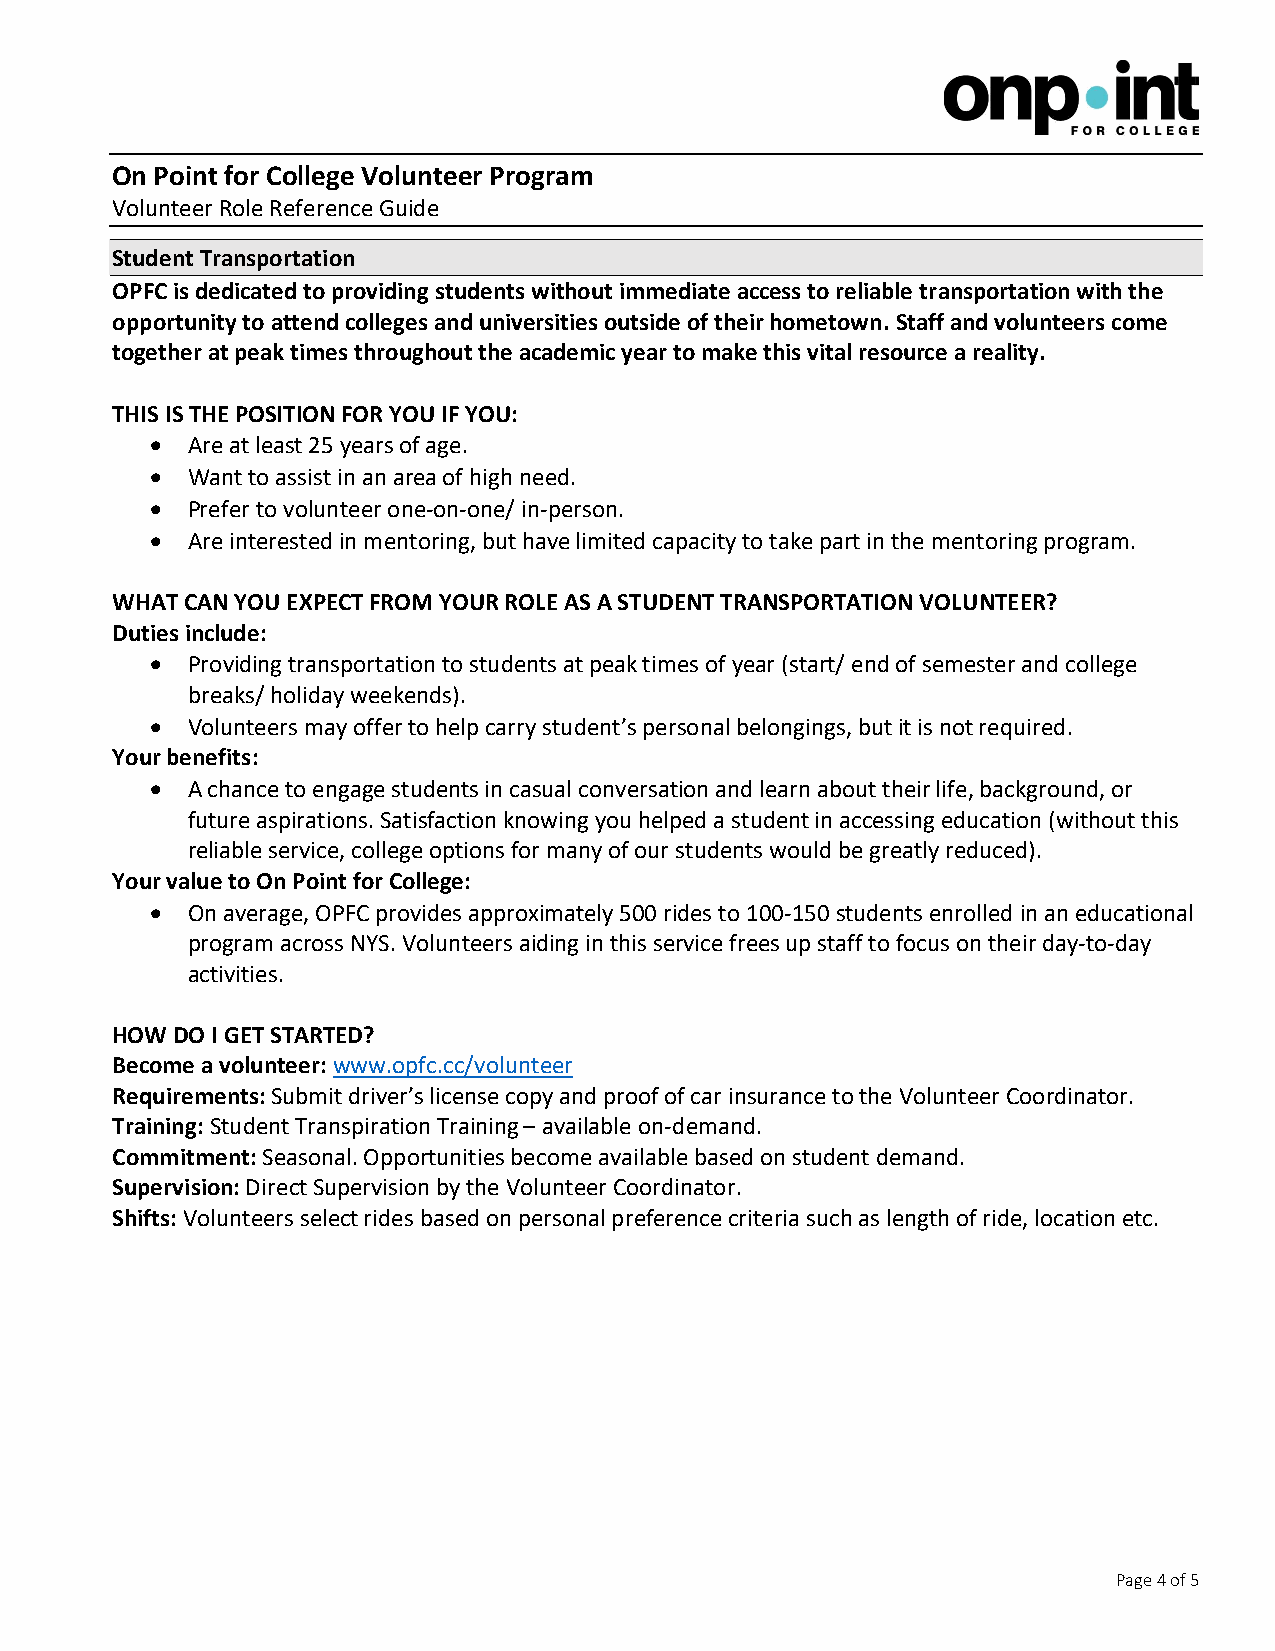
On Point for College Volunteer Program
 Volunteer Role Reference Guide
 Student Transportation
 OPFC is dedicated to providing students without immediate access to reliable transportation with the
 opportunity to attend colleges and universities outside of their hometown. Staff and volunteers come
 together at peak times throughout the academic year to make this vital resource a reality.
 THIS IS THE POSITION FOR YOU IF YOU:
  Are at least 25 years of age.
  Want to assist in an area of high need.
  Prefer to volunteer one-on-one/ in-person.
  Are interested in mentoring, but have limited capacity to take part in the mentoring program.
 WHAT CAN YOU EXPECT FROM YOUR ROLE AS A STUDENT TRANSPORTATION VOLUNTEER?
 Duties include:
  Providing transportation to students at peak times of year (start/ end of semester and college
 breaks/ holiday weekends).
  Volunteers may offer to help carry student’s personal belongings, but it is not required.
 Your benefits:
  A chance to engage students in casual conversation and learn about their life, background, or
 future aspirations. Satisfaction knowing you helped a student in accessing education (without this
 reliable service, college options for many of our students would be greatly reduced).
 Your value to On Point for College:
  On average, OPFC provides approximately 500 rides to 100-150 students enrolled in an educational
 program across NYS. Volunteers aiding in this service frees up staff to focus on their day-to-day
 activities.
 HOW  DO I GET STARTED?
 Become a volunteer: www.opfc.cc/volunteer
 Requirements: Submit driver’s license copy and proof of car insurance to the Volunteer Coordinator.
 Training: Student Transpiration Training – available on-demand.
 Commitment: Seasonal. Opportunities become available based on student demand.
 Supervision: Direct Supervision by the Volunteer Coordinator.
 Shifts: Volunteers select rides based on personal preference criteria such as length of ride, location etc.
 Page 4 of 5